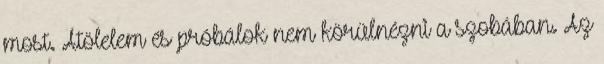
most. Átölelem és próbálok nem körülnézni a szobában. Az